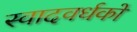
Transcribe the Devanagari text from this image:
स्वादवर्धकों